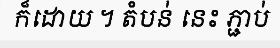
ក៏ដោយ ។ តំបន់ នេះ ភ្ជាប់